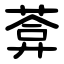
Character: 葊